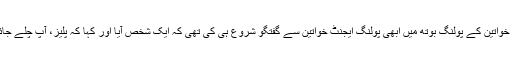
اندر خواتین کے پولنگ بوتھ میں ابھی پولنگ ایجنٹ خواتین سے گفتگو شروع ہی کی تھی کہ ایک شخص آیا اور کہا کہ پلیز، آپ چلے جائیں ۔